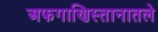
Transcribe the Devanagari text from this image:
अफगाणिस्तानातले